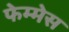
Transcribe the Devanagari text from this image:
फेम्मेस